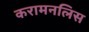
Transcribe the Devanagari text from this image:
करामनलिस